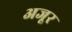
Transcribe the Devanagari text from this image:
अजूर